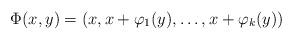
LaTeX: \begin{align*}\Phi(x,y) = (x, x + \varphi_1(y), \dots, x + \varphi_k(y) )\end{align*}